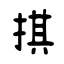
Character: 掑